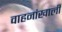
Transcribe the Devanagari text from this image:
वाहनांखाली